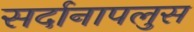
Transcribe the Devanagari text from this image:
सर्दानापलुस